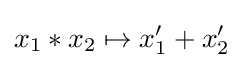
x_{1}*x_{2}\mapsto x'_{1}+x'_{2}